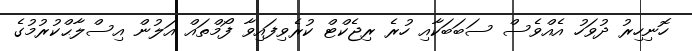
ހޮނިހިރު ދުވަހު އެއްވެސް ސަބަބަކާއި ހުރެ ރިޖެކްޓް ކުރެވިފައިވާ ފޯމްތައް އަލުން އިސްލާޙްކުރުމުގެ